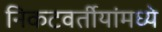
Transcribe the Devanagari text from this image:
निकटवर्तीयांमध्ये